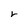
Character: r